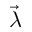
\vec { \lambda }